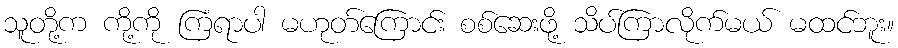
သူတို့က ကို့ကို ကြံရာပါ မဟုတ်ကြောင်း စစ်ဆေးဖို့ သိပ်ကြာလိုက်မယ် မထင်ဘူး။